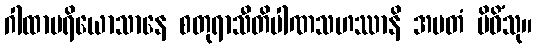
ဂါထာပရိယောသာနေ စတုရာသီတိပါဏသဟဿာနိ အမတံ ပိဝိံသု။